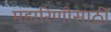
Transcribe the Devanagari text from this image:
महारिणीसाठी